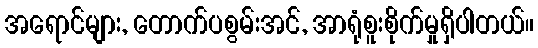
အရောင်များ, တောက်ပစွမ်းအင်, အာရုံစူးစိုက်မှုရှိပါတယ်။